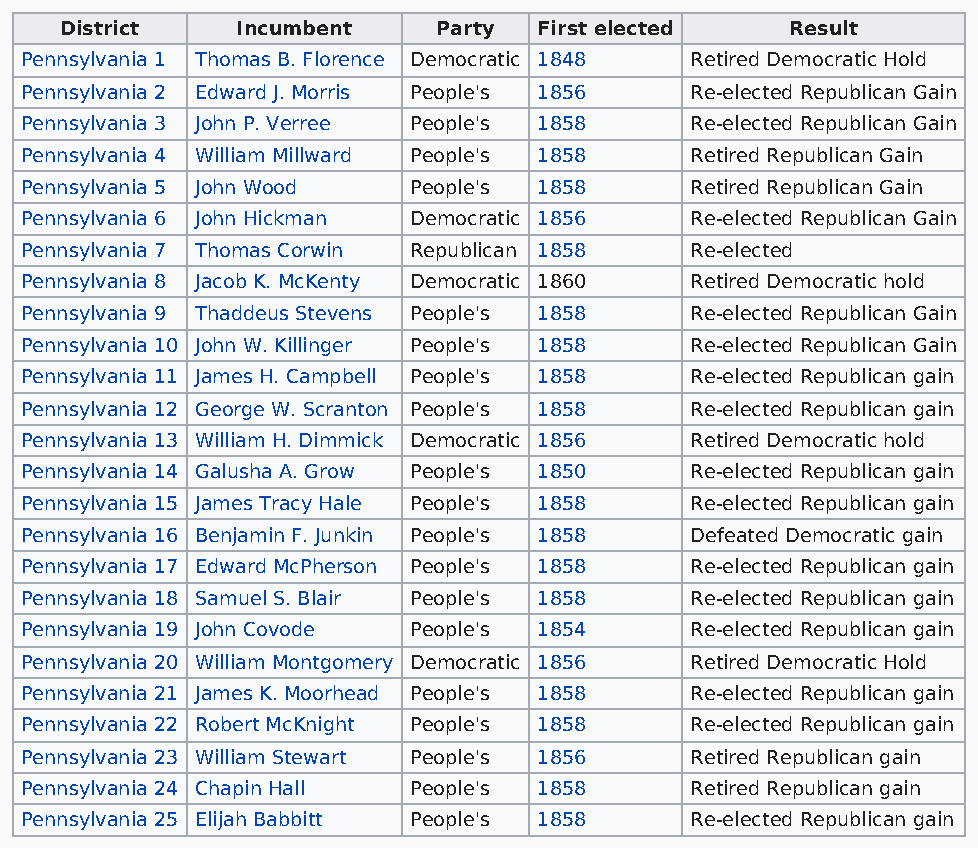
District    Incumbent    Party  First elected   Result
 Pennsylvania 1 Thomas B. Florence Democratic 1848 Retired Democratic Hold
 Pennsylvania 2 Edward J. Morris People's 1856 Re-elected Republican Gain
 Pennsylvania 3 John P. Verree People's 1858  Re-elected Republican Gain
 Pennsylvania 4 William Millward People's 1858 Retired Republican Gain
 Pennsylvania 5 John Wood  People's 1858      Retired Republican Gain
 Pennsylvania 6 John Hickman Democratic 1856  Re-elected Republican Gain
 Pennsylvania 7 Thomas Corwin Republican 1858 Re-elected
 Pennsylvania 8 Jacob K. McKenty Democratic 1860 Retired Democratic hold
 Pennsylvania 9 Thaddeus Stevens People's 1858 Re-elected Republican Gain
 Pennsylvania 10 John W. Killinger People's 1858 Re-elected Republican Gain
 Pennsylvania 11 James H. Campbell People's 1858 Re-elected Republican gain
 Pennsylvania 12 George W. Scranton People's 1858 Re-elected Republican gain
 Pennsylvania 13 William H. Dimmick Democratic 1856 Retired Democratic hold
 Pennsylvania 14 Galusha A. Grow People's 1850 Re-elected Republican gain
 Pennsylvania 15 James Tracy Hale People's 1858 Re-elected Republican gain
 Pennsylvania 16 Benjamin F. Junkin People's 1858 Defeated Democratic gain
 Pennsylvania 17 Edward McPherson People's 1858 Re-elected Republican gain
 Pennsylvania 18 Samuel S. Blair People's 1858 Re-elected Republican gain
 Pennsylvania 19 John Covode People's 1854    Re-elected Republican gain
 Pennsylvania 20 William Montgomery Democratic 1856 Retired Democratic Hold
 Pennsylvania 21 James K. Moorhead People's 1858 Re-elected Republican gain
 Pennsylvania 22 Robert McKnight People's 1858 Re-elected Republican gain
 Pennsylvania 23 William Stewart People's 1856 Retired Republican gain
 Pennsylvania 24 Chapin Hall People's 1858    Retired Republican gain
 Pennsylvania 25 Elijah Babbitt People's 1858 Re-elected Republican gain